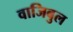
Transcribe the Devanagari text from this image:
वाजिबुल